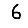
Digit: 6